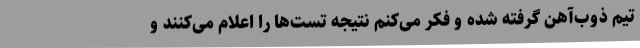
تیم ذوب‌آهن گرفته شده و فکر می‌کنم نتیجه تست‌ها را اعلام می‌کنند و